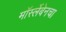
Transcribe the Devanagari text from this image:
मॉर्स्लेबेनचा